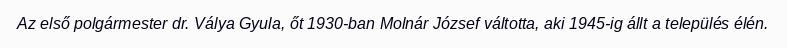
Az első polgármester dr. Válya Gyula, őt 1930-ban Molnár József váltotta, aki 1945-ig állt a település élén.